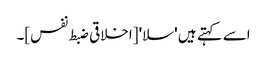
اسے کہتے ہیں 'سلا' [اخلاقی ضبط نفس]۔